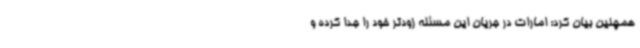
همچنین بیان کرد: امارات در جریان این مسئله زودتر خود را جدا کرده و